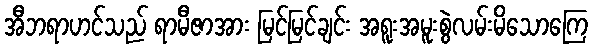
အီဘရာဟင်သည် ရာမီဇာအား မြင်မြင်ချင်း အရူးအမူးစွဲလမ်းမိသောကြေ